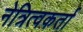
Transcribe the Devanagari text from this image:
नेत्रित्वकर्ता